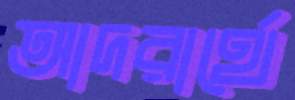
আদরার্থে